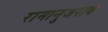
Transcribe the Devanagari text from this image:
रामानुजराव